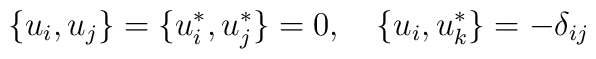
\{u_i,u_j\}=\{u_{i}^{*},u_{j}^{*}\}=0,~~~\{u_i,u_{k}^{*}\}=-\delta_{ij}